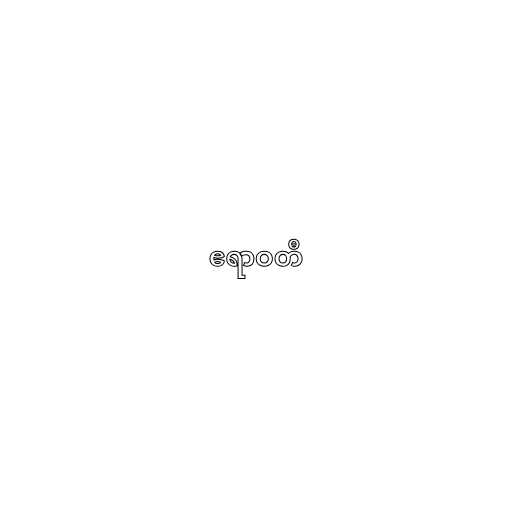
ဧရာဝတီ